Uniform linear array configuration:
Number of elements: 64
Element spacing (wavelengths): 0.25
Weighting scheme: cosine
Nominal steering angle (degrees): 45
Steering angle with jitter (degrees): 46.955
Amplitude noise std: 0.05
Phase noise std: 0.05

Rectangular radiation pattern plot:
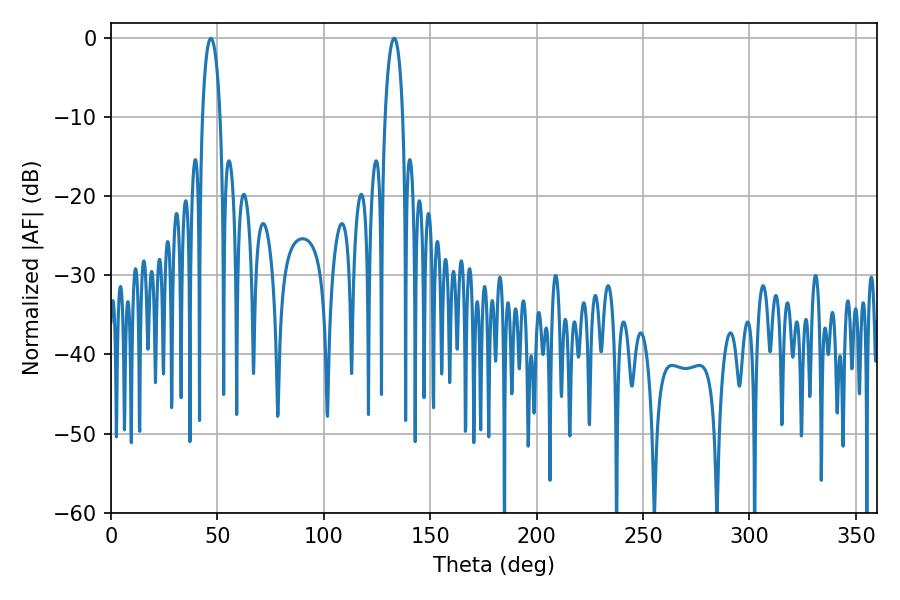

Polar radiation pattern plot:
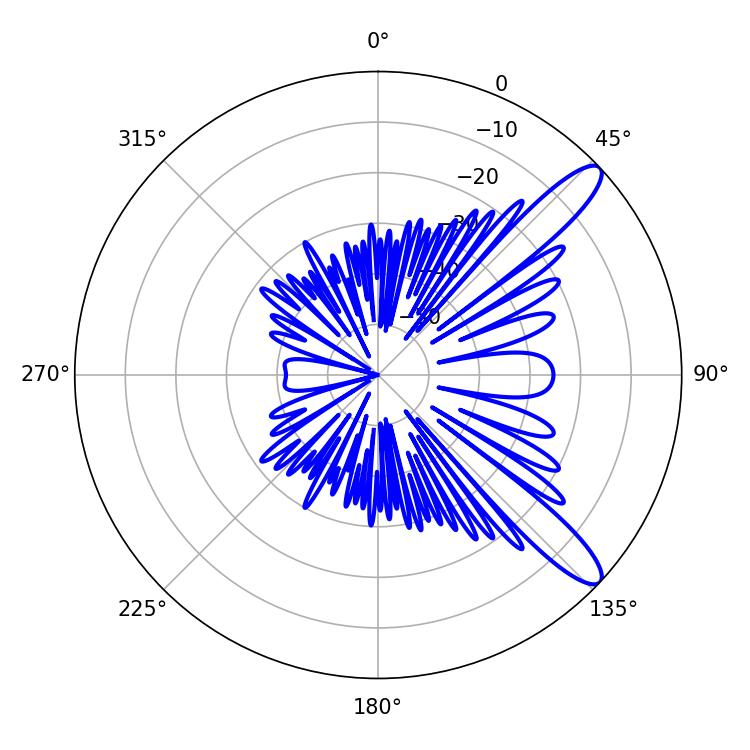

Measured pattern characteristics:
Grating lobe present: FALSE
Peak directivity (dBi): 11.707
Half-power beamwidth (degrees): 4.68
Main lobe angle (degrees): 46.98